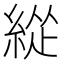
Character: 緃